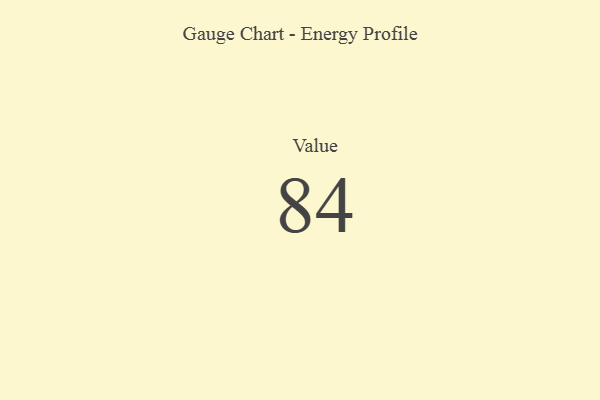
{"axis": {"x": "Metric", "y": "Value"}, "legend": [""], "data": [{"x": "Value", "y": 84, "type": ""}]}